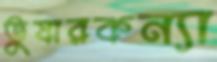
তুষারকন্যা